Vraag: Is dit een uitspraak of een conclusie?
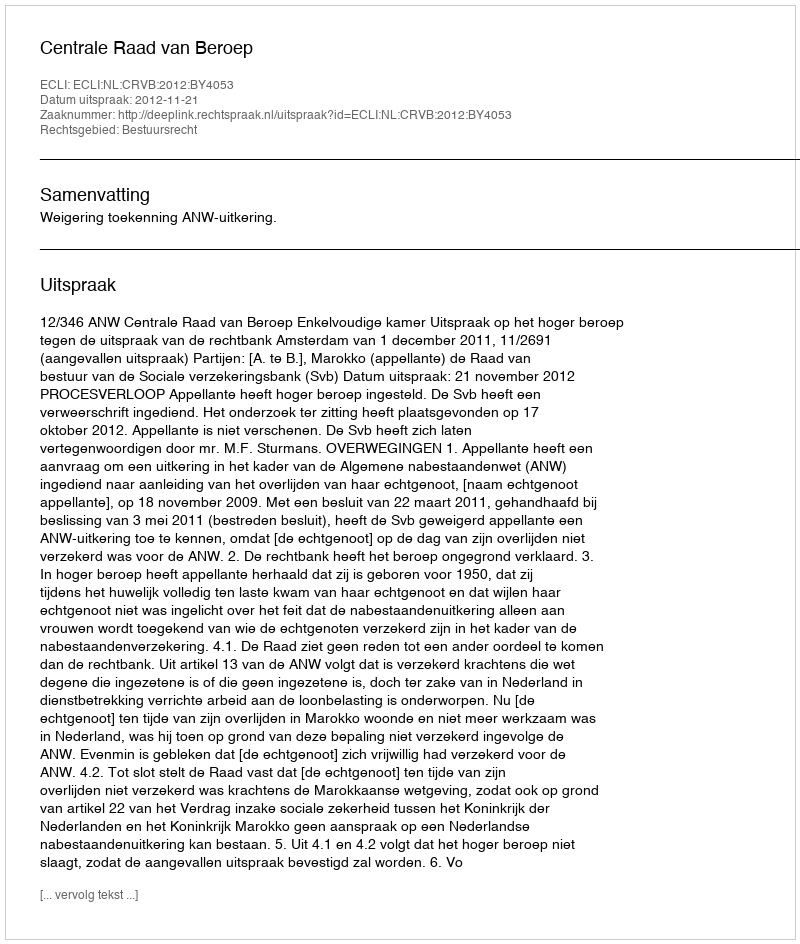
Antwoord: Uitspraak